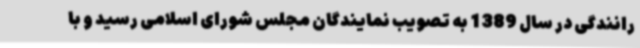
رانندگی در سال 1389 به تصویب نمایندگان مجلس شورای اسلامی رسید و با